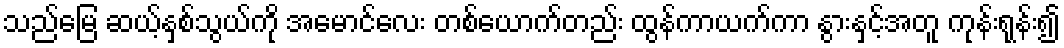
သည်မြေ ဆယ့်နှစ်သွယ်ကို အမောင်လေး တစ်ယောက်တည်း ထွန်ကာယက်ကာ နွားနှင့်အတူ ကုန်းရုန်း၍